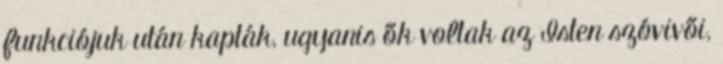
funkciójuk után kapták, ugyanis ők voltak az Isten szóvivői,